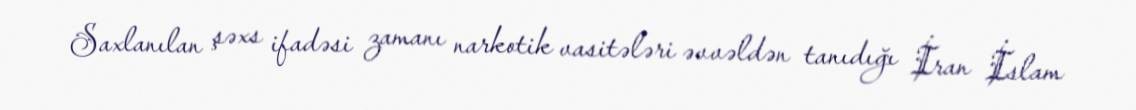
Saxlanılan şəxs ifadəsi zamanı narkotik vasitələri əvvəldən tanıdığı İran İslam